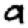
Digit: 9